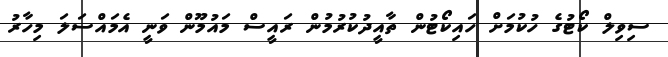
ސިވިލް ކޯޓުގެ ހުކުމަށް ހައިކޯޓުން ތާއީދުކުރުމުން ރައީސް މައުމޫން ވަނީ އެމައްސަލަ މިހާރު